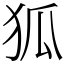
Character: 狐